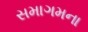
સમાગમના